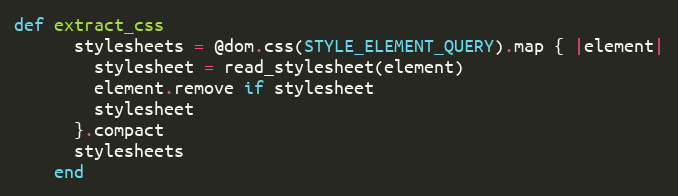
Language: Ruby
def extract_css
      stylesheets = @dom.css(STYLE_ELEMENT_QUERY).map { |element|
        stylesheet = read_stylesheet(element)
        element.remove if stylesheet
        stylesheet
      }.compact
      stylesheets
    end